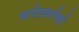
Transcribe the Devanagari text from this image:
धर्मप्रवर्त्तकों